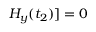
H _ { y } ( t _ { 2 } ) ] = 0